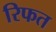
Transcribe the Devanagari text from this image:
रिफत